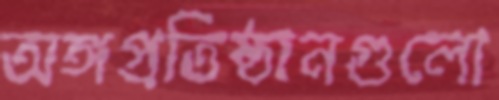
অঙ্গপ্রতিষ্ঠানগুলো